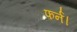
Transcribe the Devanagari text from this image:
फर्न।